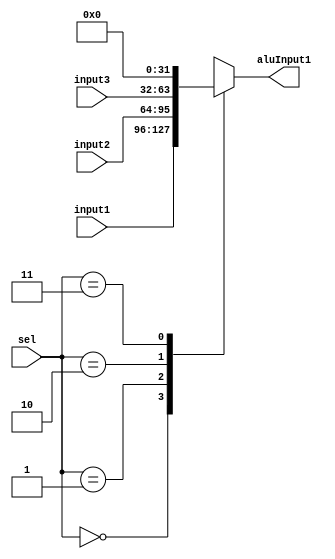
`timescale 1ns / 1ps
//////////////////////////////////////////////////////////////////////////////////
// Company: 
// Engineer: 
// 
// Design Name: 
// Module Name: mux_alu_input1
// Project Name: 
// Target Devices: 
// Tool Versions: 
// Description: 
// 
// Dependencies: 
// 
// Revision:
// Revision 0.01 - File Created
// Additional Comments:
// 
//////////////////////////////////////////////////////////////////////////////////


module mux_alu_input1(
    input [31:0] input1,
    input [31:0] input2,
    input [31:0] input3,
    input [1:0] sel,
    output reg [31:0] aluInput1
    );
    initial aluInput1=0;
    
    always @ (input1 or input2 or input3 or sel)
    begin
        case(sel)
        2'b00:aluInput1=input1;
        2'b01:aluInput1=input2;
        2'b10:aluInput1=input3;
        2'b11:aluInput1=0;
        endcase
    end
    
endmodule